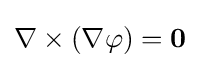
\nabla \times (\nabla \varphi )=\mathbf {0}